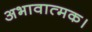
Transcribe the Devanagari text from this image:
अभावात्मक।